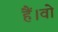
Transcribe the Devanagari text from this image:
हैं।वो